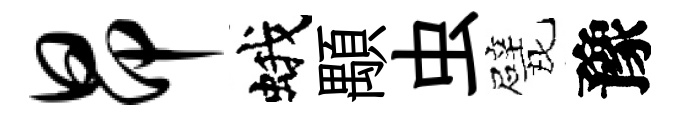
昂蛾顒虫戏豫